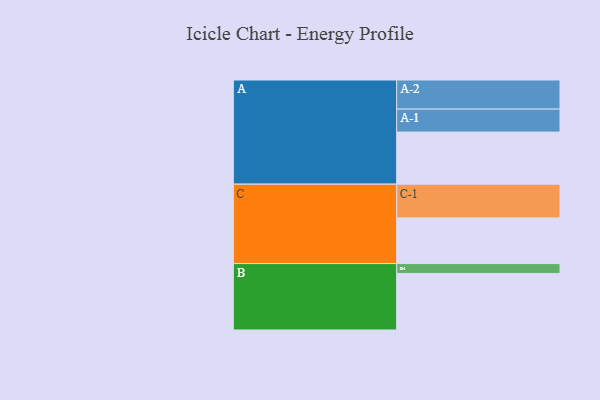
{"axis": {"x": "Segment", "y": "Value"}, "legend": ["", "A", "B", "C"], "data": [{"x": "A", "y": 421, "type": ""}, {"x": "B", "y": 457, "type": ""}, {"x": "C", "y": 369, "type": ""}, {"x": "A-1", "y": 186, "type": "A"}, {"x": "A-2", "y": 235, "type": "A"}, {"x": "B-1", "y": 80, "type": "B"}, {"x": "C-1", "y": 273, "type": "C"}]}